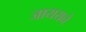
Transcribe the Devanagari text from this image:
जाययचे